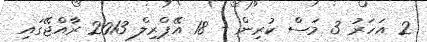
2 އަހަރު 3 މަސް ކުރިން - 18 އޭޕްރިލް 2013 ރާއްޖޭގައި